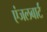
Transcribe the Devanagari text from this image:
एंजलबार्ट